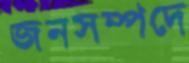
জনসম্পদে